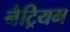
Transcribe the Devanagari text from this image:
नैट्रियम